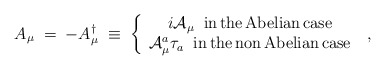
\begin{align*}A_\mu \;=\;-A_\mu^\dagger \;\equiv\;\left\{\begin{array}{c}i {\mathcal A}_\mu \;\;{\rm in \,the\, Abelian\, case}\\{\mathcal A}_\mu^a \tau_a \;\; {\rm in\, the\, non\, Abelian\, case}\end{array}\right.\;,\end{align*}